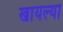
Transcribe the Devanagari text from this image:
खायल्या